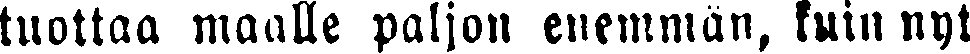
tuottaa maalle paljon enemmän, kuin nyt